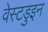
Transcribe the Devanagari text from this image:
वेस्टडुइन